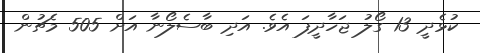
ކުޅެދީ 13 ގޯލު ޖަހާދީފަ އެވެ. އަދި ބާސެލޯނާ އަށް 505 މެޗުން